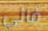
فاني